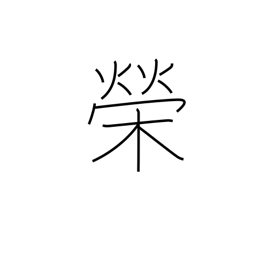
Meaning: splendour